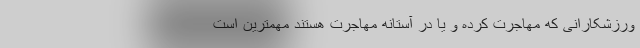
ورزشکارانی که مهاجرت کرده و یا در آستانه مهاجرت هستند مهمترین است